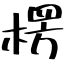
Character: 楞